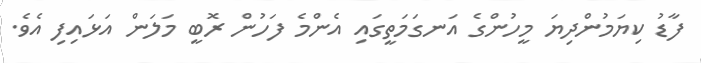
ފާޑު ކިޔަމުންދިޔަ މީހުންގެ އަނގަމަތީގައި އެންމެ ފަހުން ރޮބީ މަލަން އަޅައިފި އެވެ.